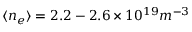
\langle n _ { e } \rangle = 2 . 2 - 2 . 6 \times 1 0 ^ { 1 9 } m ^ { - 3 }